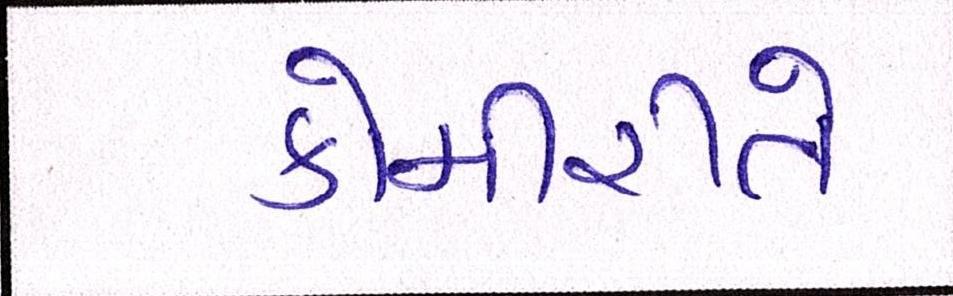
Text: કોમીરીતે